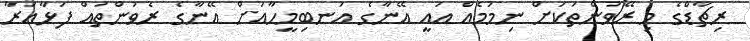
ރިޗާޑްގެ މި ރޭވުންތަކަށް ނިމުމެއް އައީ އޭނާގެ އަނބިމީހާއަށް އޭނާގެ ރެވުންތައް ފަޅާއަރާ